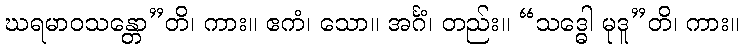
ဃရမာဝသန္တော”တိ၊ ကား။ ဧကံ၊ သော။ အင်္ဂံ၊ တည်း။ “သဒ္ဓေါ မုဒူ”တိ၊ ကား။